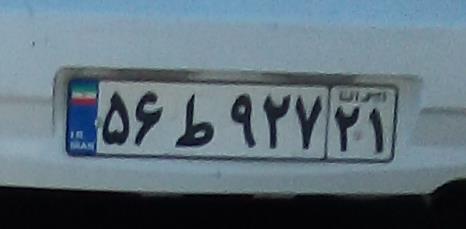
۵۶ط۹۲۷۲۱